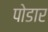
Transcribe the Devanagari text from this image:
पोडार